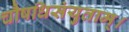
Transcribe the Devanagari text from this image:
चौषधिसंयुताम्।